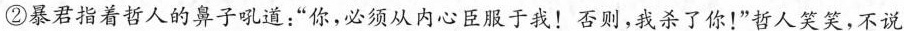
②暴君指着哲人的鼻子吼道：”你，必须从内心臣服于我！否则，我杀了你！”哲人笑笑，不说